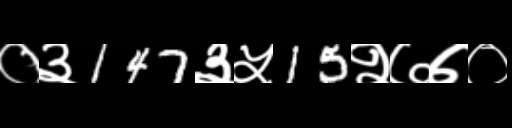
Text: ०३147३५15२७७०